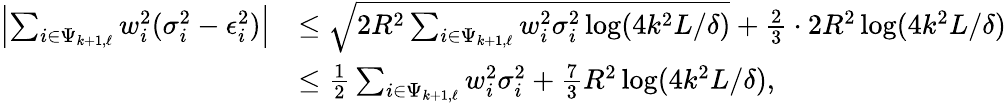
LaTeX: \begin{array}{rl}{\left|\sum_{i\in\Psi_{k+1,\ell}}w_{i}^{2}(\sigma_{i}^{2}-\epsilon_{i}^{2})\right|}&{\le\sqrt{2R^{2}\sum_{i\in\Psi_{k+1,\ell}}w_{i}^{2}\sigma_{i}^{2}\log(4k^{2}L/\delta)}+\frac{2}{3}\cdot 2R^{2}\log(4k^{2}L/\delta)}\\ &{\le\frac{1}{2}\sum_{i\in\Psi_{k+1,\ell}}w_{i}^{2}\sigma_{i}^{2}+\frac{7}{3}R^{2}\log(4k^{2}L/\delta),}\end{array}